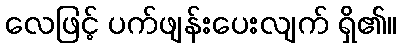
လေဖြင့် ပက်ဖျန်းပေးလျက် ရှိ၏။